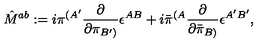
{ \hat { M } } ^ { a b } : = i { \pi } ^ { ( { A ^ { \prime } } } { \frac { \partial } { \partial { \pi } _ { { B ^ { \prime } } ) } } } \epsilon ^ { A B } + i { \bar { \pi } } ^ { ( { A } } { \frac { \partial } { \partial { \bar { \pi } } _ { { B ) } } } } \epsilon ^ { { A ^ { \prime } } { B ^ { \prime } } } ,